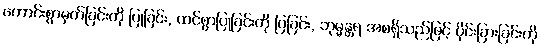
ကောင်းစွာမှတ်ခြင်းကို ပြုခြင်း, ထင်စွာပြုခြင်းကို ပြခြင်း, ဘုမ္မန္တရ အစရှိသည်ဖြင့် ပိုင်းခြားခြင်းကို